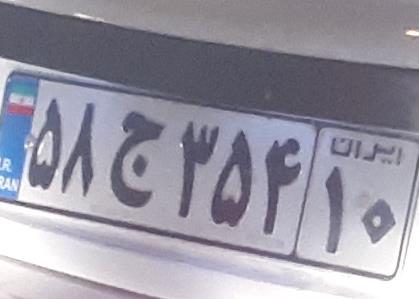
۵۸ج۳۵۴۱۰